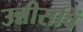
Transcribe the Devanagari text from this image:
उन्नीसविं